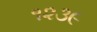
૧૨૩૯